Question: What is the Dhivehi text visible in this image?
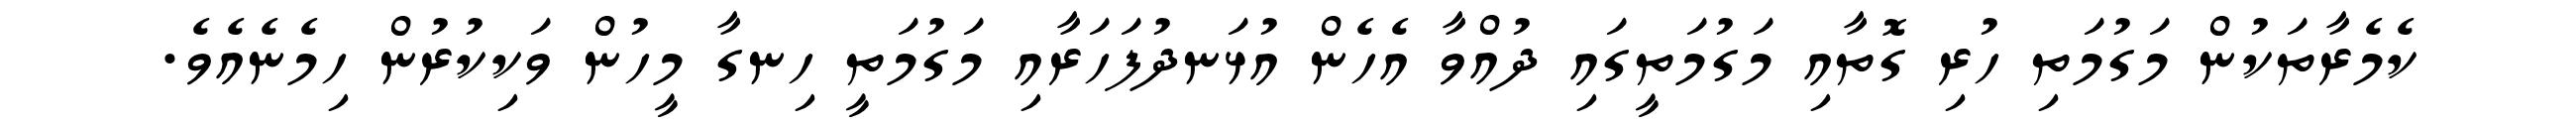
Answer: ކެމެރާތަކުން މަގުމަތި ހުރި ގޮތާއި މަގުމަތީގައި ދުއްވާ އެހެން އުޅަނދުފަހަރާއި މަގުމަތީ ހިނގާ މީހުން ވަކިކުރުން ހިމެނެއެވެ.